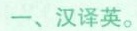
一、汉译英.。